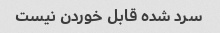
سرد شده قابل خوردن نیست